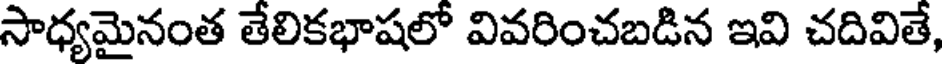
సాధ్యమైనంత తేలికభాషలో వివరించబడిన ఇవి చదివితే,